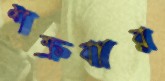
শক্রবার